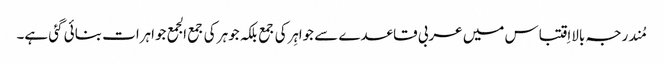
مُندرجہ بالااِقتباس میں عربی قاعدے سے جواہِرکی جمع بلکہ جوہر کی جمع الجمع جواہرات بنائی گئی ہے۔